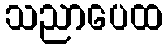
သညာပေထ